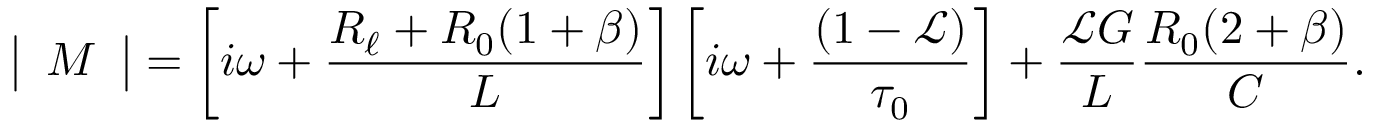
\left| \begin{array} { l } { M } \end{array} \right| = \left[ i \omega + \frac { R _ { \ell } + R _ { 0 } ( 1 + \beta ) } { L } \right] \left[ i \omega + \frac { ( 1 - \mathscr { L } ) } { \tau _ { 0 } } \right] + \frac { \mathscr { L } G } { L } \frac { R _ { 0 } ( 2 + \beta ) } { C } .